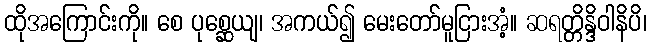
ထိုအကြောင်းကို။ စေ ပုစ္ဆေယျ၊ အကယ်၍ မေးတော်မူငြားအံ့။ ဆရတ္တိန္ဒိဝါနိပိ၊